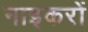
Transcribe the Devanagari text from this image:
नाइकरों